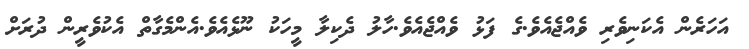
އަހަރެން އެކަނިވެރި ވެއްޖެއެވެ.ގެ ފަޅު ވެއްޖެއެވެ.ހާލު ދެކިލާ މީހަކު ނޫޅެއެވެ.އެންމެގާތް އެކުވެރީން ދުރަށް